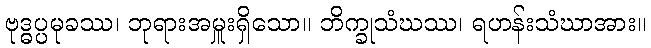
ဗုဒ္ဓပ္ပမုခဿ၊ ဘုရားအမှူးရှိသော။ ဘိက္ခုသံဃဿ၊ ရဟန်းသံဃာအား။